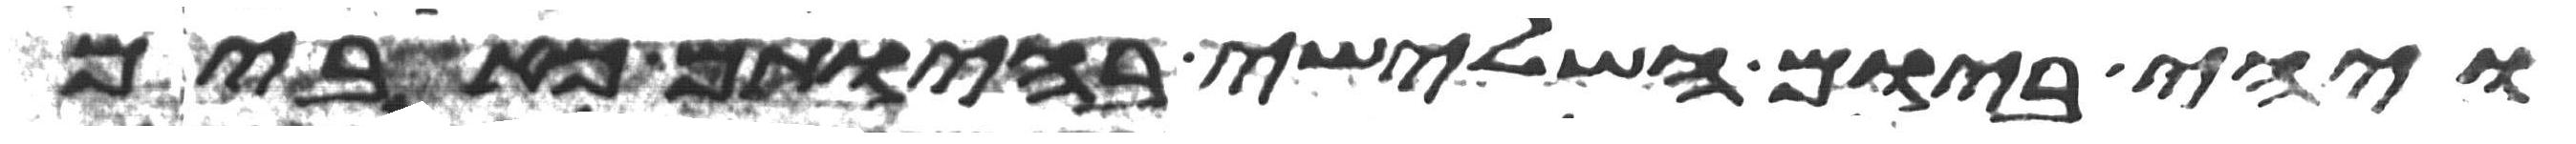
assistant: ויהי ביום השלישי בהיותם כאבים